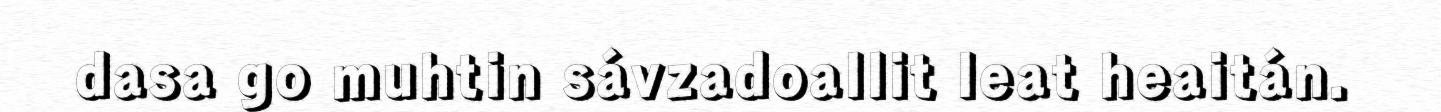
dasa go muhtin sávzadoallit leat heaitán.